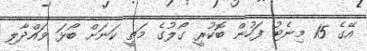
އޭގެ 15 މިނެޓު ފަހުން ބޮކުރީ ގޯލުގެ މަތީ ކަނަށް ބޯޅަ ވައްދާލި